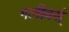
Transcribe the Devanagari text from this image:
गलीवर्स्